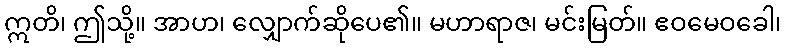
ဣတိ၊ ဤသို့။ အာဟ၊ လျှောက်ဆိုပေ၏။ မဟာရာဇ၊ မင်းမြတ်။ ဧဝမေဝခေါ၊